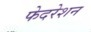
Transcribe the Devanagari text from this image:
फेदरेशन